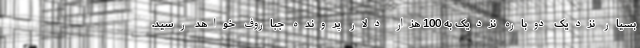
بسیار نزدیک دوباره نزدیک به 100 هزار دلار پرونده جباروف خواهد رسید.